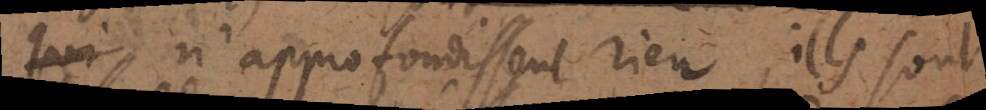
qui n’approfondissent rien, ils sont